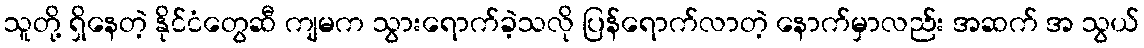
သူတို့ ရှိနေတဲ့ နိုင်ငံတွေဆီ ကျမက သွားရောက်ခဲ့သလို ပြန်ရောက်လာတဲ့ နောက်မှာလည်း အဆက် အ သွယ်